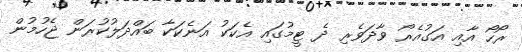
ރޯހޯ އާއި އަގުއެރޯ ވާދަވެރި ދެ ޓީމުގައި އެކަކު އަނެކަކާ ބައްދަލުކުރަން ޖެހުމުން